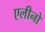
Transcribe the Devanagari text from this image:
एलीनो